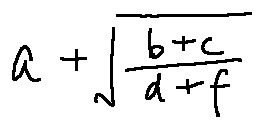
a + \sqrt { \frac { b + c } { d + f } }